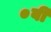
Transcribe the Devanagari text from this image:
०वीं